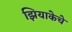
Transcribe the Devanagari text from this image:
झियाकेचे